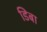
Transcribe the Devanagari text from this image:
डिबा